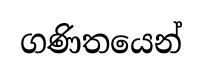
ගණිතයෙන්